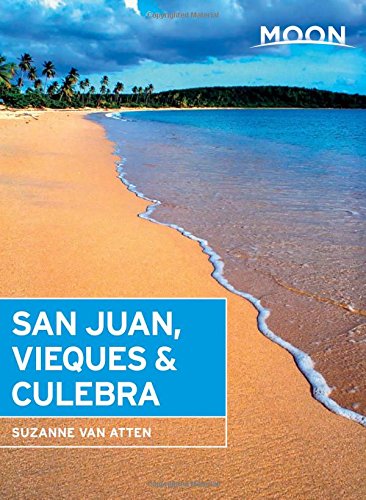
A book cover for Moon San Juan, Vieques & Culebra (Moon Handbooks); Suzanne Van Atten; Travel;